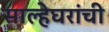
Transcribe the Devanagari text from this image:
साल्हेघरांची